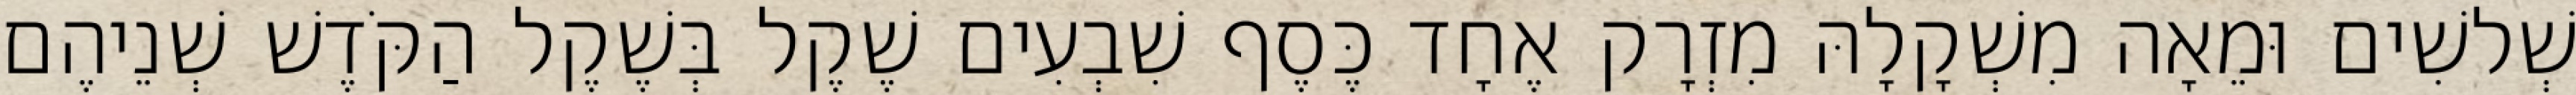
שְׁלשִׁים וּמֵאָה מִשְׁקָלָהּ מִזְרָק אֶחָד כֶּסֶף שִׁבְעִים שֶׁקֶל בְּשֶׁקֶל הַקֹּדֶשׁ שְׁנֵיהֶם